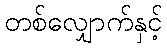
တစ်လျှောက်နှင့်